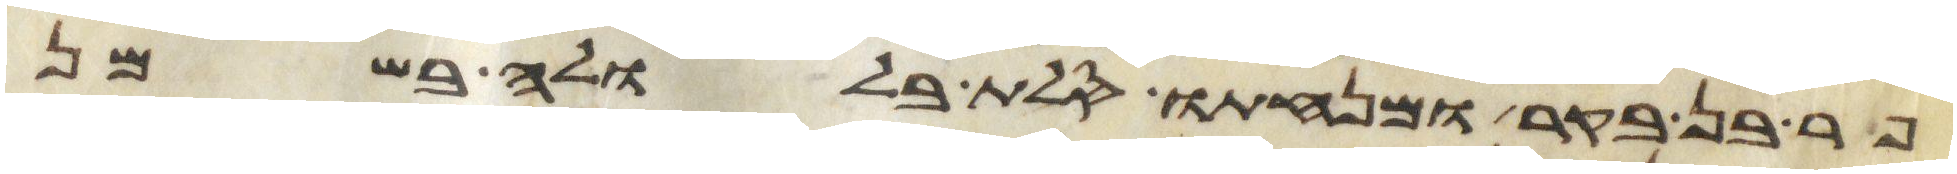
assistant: פר בן בקר ומנחתו סלת בלולה בשמן